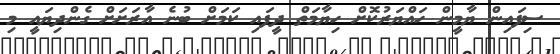
ސިފައިން ޔާމީން ހައްޔަރުކޮށް ހިޔާމަތް ދީފައި ކަމަށް ބުނެ އާރަށަށް ގެންދިޔައީ މި